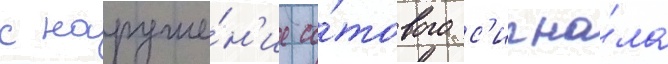
с наруше́н'ие со́тового с'игна́ла